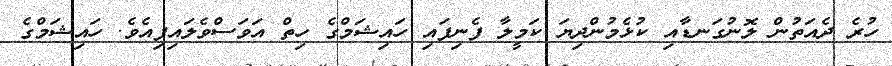
ހުރެ ދެއަތުން ލޮނުގަނޑާއި ކުޅެމުންދިޔަ ކަމީލާ ފެނިފައި ހައިޝަމްގެ ހިތް އަވަސްވެލައިފިއެވެ. ހައިޝަމްގެ